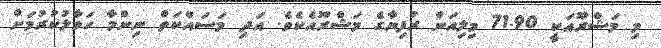
މި މަޝްރޫއަކީ 71.90 މިލިއަން ރުފިޔާގެ މަޝްރޫއެކެވެ. އަދި މަސައްކަތް ނިންމާ ހަވާލުކުރުމަށް